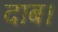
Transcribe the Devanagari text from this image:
दाब।